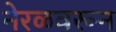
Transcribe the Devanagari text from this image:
नेरळवरून